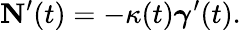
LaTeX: \mathbf{N}^{\prime}(t)=-\kappa(t){\boldsymbol{\gamma}}^{\prime}(t).